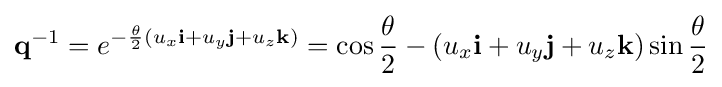
\mathbf {q} ^{-1}=e^{-{\frac {\theta }{2}}{(u_{x}\mathbf {i} +u_{y}\mathbf {j} +u_{z}\mathbf {k} )}}=\cos {\frac {\theta }{2}}-(u_{x}\mathbf {i} +u_{y}\mathbf {j} +u_{z}\mathbf {k} )\sin {\frac {\theta }{2}}